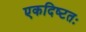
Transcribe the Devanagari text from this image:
एकदिष्‍टतः